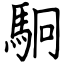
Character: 駉